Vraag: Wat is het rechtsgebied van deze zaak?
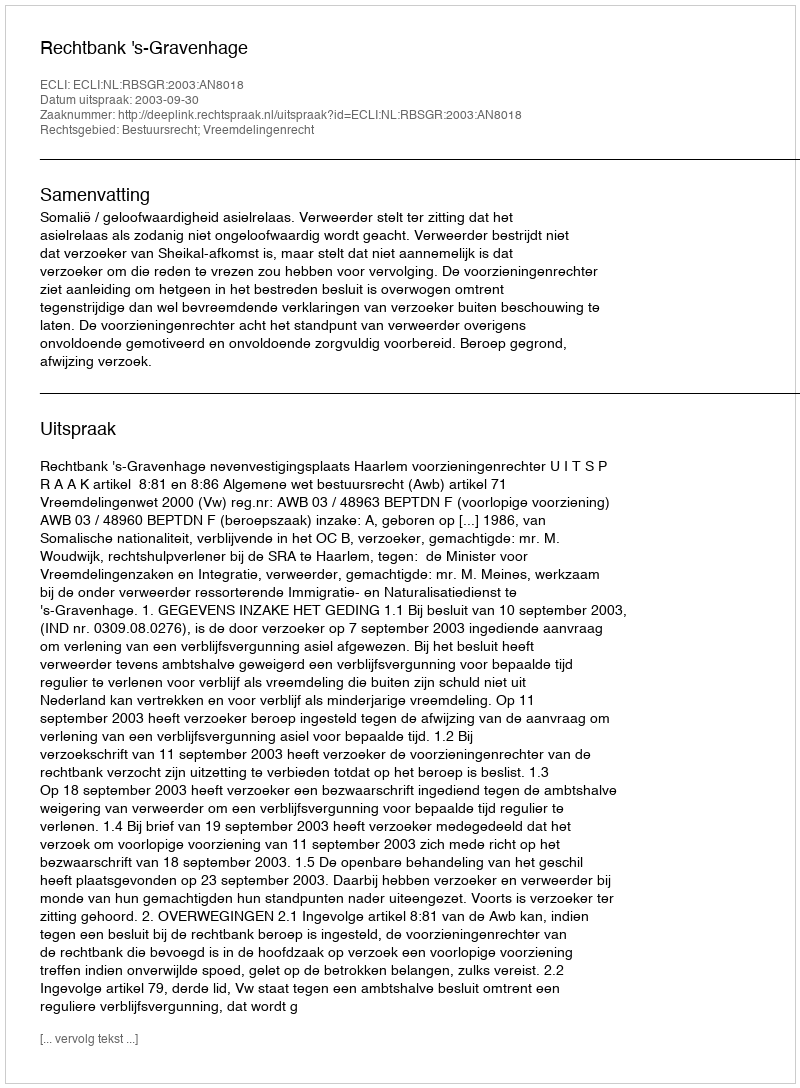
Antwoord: Bestuursrecht; Vreemdelingenrecht